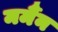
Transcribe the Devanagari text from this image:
मर्मैन